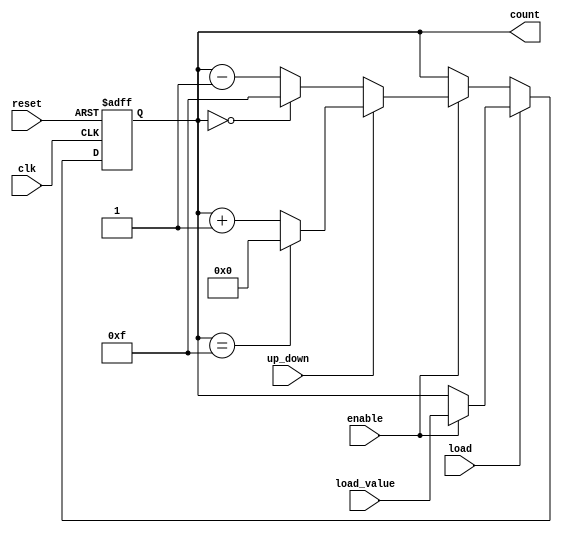
module synchronous_counter #(
    parameter N = 4 // Bit width of the counter
)(
    input wire clk,         // Clock signal
    input wire reset,       // Asynchronous reset signal
    input wire enable,      // Enable signal
    input wire load,        // Load signal
    input wire up_down,     // Counting direction: 1 for up, 0 for down
    input wire [N-1:0] load_value, // Value to load into the counter
    output reg [N-1:0] count // Current count value
);

    // Asynchronous reset
    always @(posedge clk or posedge reset) begin
        if (reset) begin
            count <= 0; // Reset count to 0
        end else if (load) begin
            if (enable) begin
                count <= load_value; // Load the specified value if enabled
            end
        end else if (enable) begin
            if (up_down) begin
                // Up counting
                if (count == {N{1'b1}}) begin
                    count <= 0; // Wrap around to 0 on overflow
                end else begin
                    count <= count + 1; // Increment count
                end
            end else begin
                // Down counting
                if (count == 0) begin
                    count <= {N{1'b1}}; // Wrap around to max value on underflow
                end else begin
                    count <= count - 1; // Decrement count
                end
            end
        end
    end

endmodule